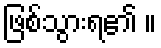
ဖြစ်သွားရ၏ ။